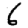
Digit: 6